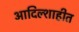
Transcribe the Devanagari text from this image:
आदिल्शाहीत